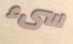
سىء